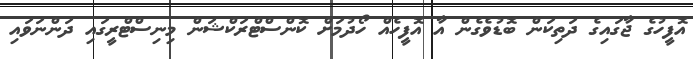
އޮފީހުގެ ޖާގައިގެ ދަތިކަން ބޮޑުވެގެން އާ އޮފީހެއް ހޯދުމަށް ކޮންސްޓްރަކްޝަން މިނިސްޓްރީގައި ދަންނަވައި